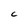
Character: C